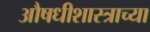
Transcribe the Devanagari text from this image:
औषधीशास्त्राच्या